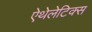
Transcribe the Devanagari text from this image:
ऐथेलेटिक्स